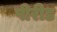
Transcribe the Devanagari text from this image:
पीरीड